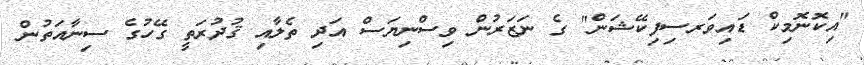
"އިކޮނޮމިކް ޑައިވަރސިފިކޭޝަން" ގެ ނަޒަރުން ވިސްނިޔަސް އަދި ތެލާއި ޤުދުރަތީ ގޭހުގެ ސިނާއަތުން